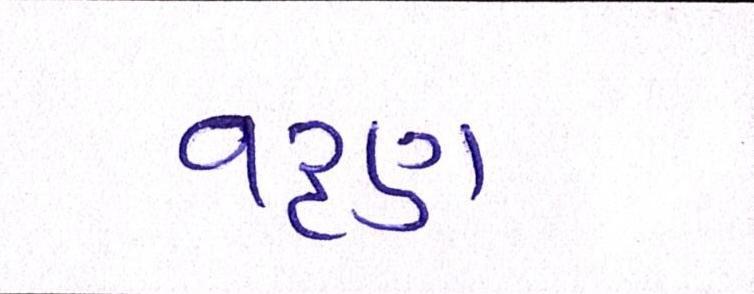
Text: વરૃણ